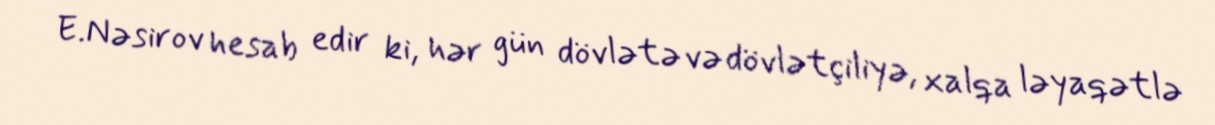
E.Nəsirov hesab edir ki, hər gün dövlətə və dövlətçiliyə, xalqa ləyaqətlə